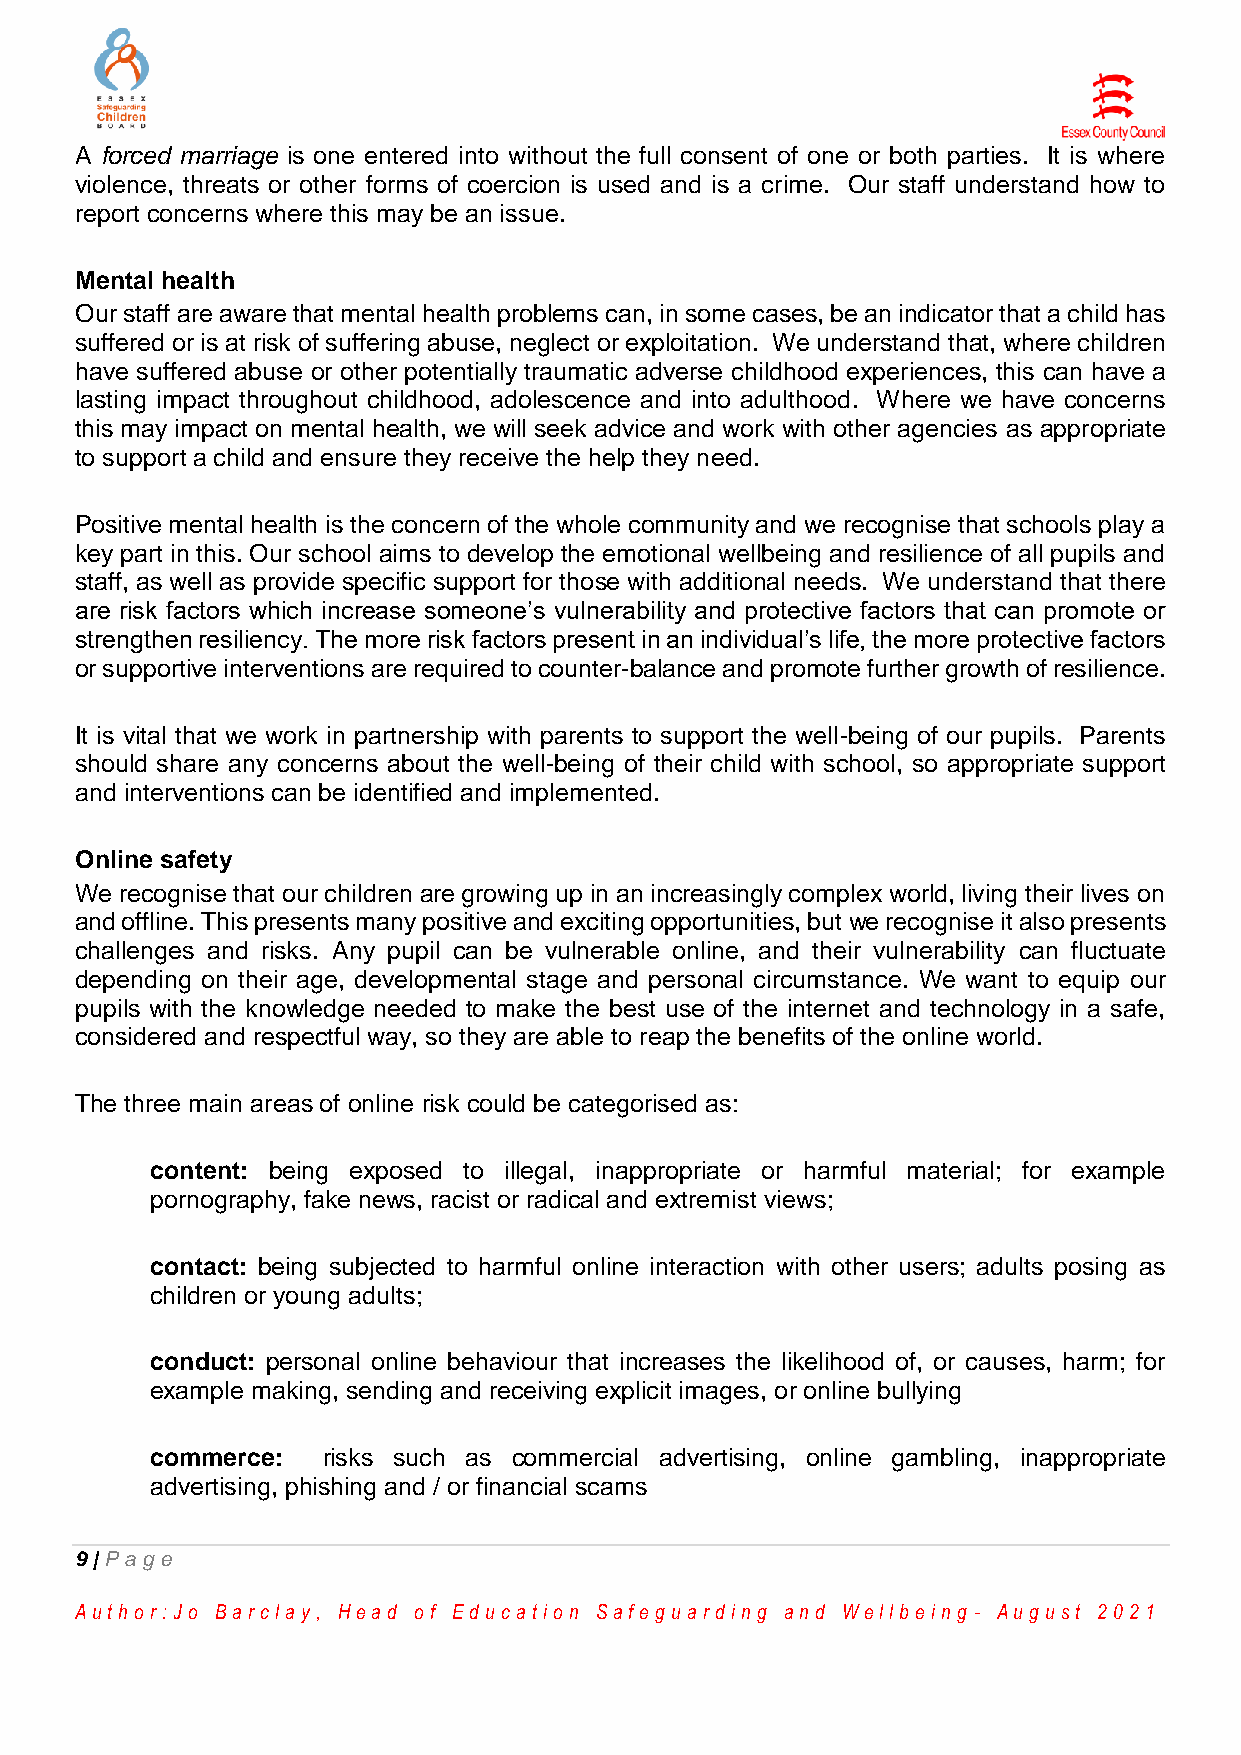
A forced marriage is one entered into without the full consent of one or both parties. It is where
 violence, threats or other forms of coercion is used and is a crime. Our staff understand how to
 report concerns where this may be an issue.
 Mental health
 Our staff are aware that mental health problems can, in some cases, be an indicator that a child has
 suffered or is at risk of suffering abuse, neglect or exploitation. We understand that, where children
 have suffered abuse or other potentially traumatic adverse childhood experiences, this can have a
 lasting impact throughout childhood, adolescence and into adulthood. Where we have concerns
 this may impact on mental health, we will seek advice and work with other agencies as appropriate
 to support a child and ensure they receive the help they need.
 Positive mental health is the concern of the whole community and we recognise that schools play a
 key part in this. Our school aims to develop the emotional wellbeing and resilience of all pupils and
 staff, as well as provide specific support for those with additional needs. We understand that there
 are risk factors which increase someone’s vulnerability and protective factors that can promote or
 strengthen resiliency. The more risk factors present in an individual’s life, the more protective factors
 or supportive interventions are required to counter-balance and promote further growth of resilience.
 It is vital that we work in partnership with parents to support the well-being of our pupils. Parents
 should share any concerns about the well-being of their child with school, so appropriate support
 and interventions can be identified and implemented.
 Online safety
 We recognise that our children are growing up in an increasingly complex world, living their lives on
 and offline. This presents many positive and exciting opportunities, but we recognise it also presents
 challenges and risks. Any pupil can be vulnerable online, and their vulnerability can fluctuate
 depending on their age, developmental stage and personal circumstance. We want to equip our
 pupils with the knowledge needed to make the best use of the internet and technology in a safe,
 considered and respectful way, so they are able to reap the benefits of the online world.
 The three main areas of online risk could be categorised as:
 content: being exposed to illegal, inappropriate or harmful material; for example
 pornography, fake news, racist or radical and extremist views;
 contact: being subjected to harmful online interaction with other users; adults posing as
 children or young adults;
 conduct: personal online behaviour that increases the likelihood of, or causes, harm; for
 example making, sending and receiving explicit images, or online bullying
 commerce:  risks such as commercial advertising, online gambling, inappropriate
 advertising, phishing and / or financial scams
 9 | Pag e
 Au th o r :Jo Ba r cla y, He a d o f Ed u ca tio n Sa fe g u a r d in g a n d We llb e in g - Au g u st 2 0 2 1